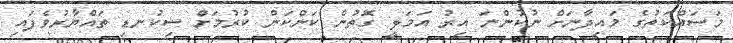
މަސައްކަތުގެ މައިދާނަށް ނުކުންނަ އިރު އަމަލީ ގޮތުން ކަންކަން ކުރުމަށް ސިކުނޑި ތައްޔާރުވެފައި